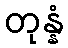
တုန္နံ